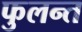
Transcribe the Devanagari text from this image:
फुलन्त